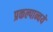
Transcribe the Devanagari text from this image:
प्रकल्पान्वये